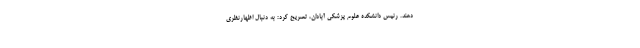
دهند. رئیس دانشکده علوم پزشکی آبادان، تصریح کرد: به دنبال اظهارنظری